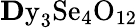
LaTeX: \mathrm{{\mathbf Dy}_{3}Se_{4}O_{12}}